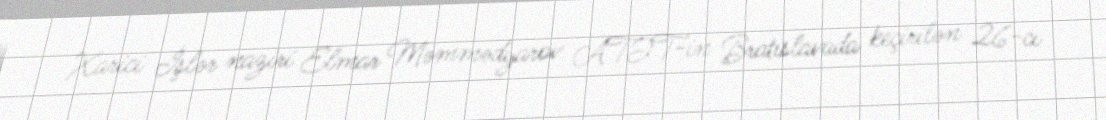
Xarici İşlər naziri Elmar Məmmədyarov ATƏT-in Bratislavada keçirilən 26-cı